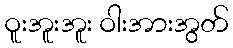
ဝူးအူးအူး ဝါးအားအွတ်